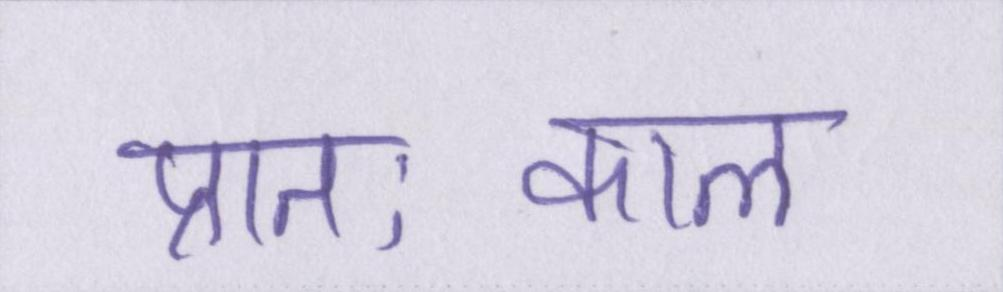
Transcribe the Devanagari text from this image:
प्रातःकाल